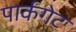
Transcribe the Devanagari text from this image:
पार्कगेट